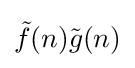
{\tilde {f}}(n){\tilde {g}}(n)